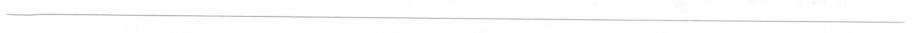
___